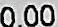
0.00